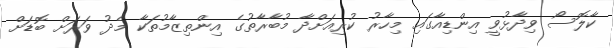
ކާލޮސޯ ވިދާޅުވީ އިންޑިއާގައި މިހާރު ކުރިއަށްދާ މުބާރާތުގެ އިންތިޒާމުތަކާ މެދު ވަރަށް ބޮޑަށް